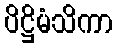
ပိဋ္ဌိမံသိကာ